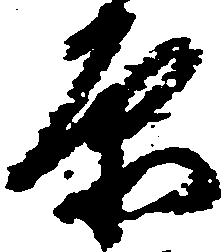
原